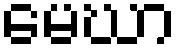
မေဃာ